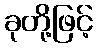
ခုတို့ဖြင့်